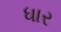
ધાર